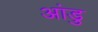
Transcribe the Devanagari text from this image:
आंडु